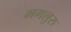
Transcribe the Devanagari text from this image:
मगलुरु